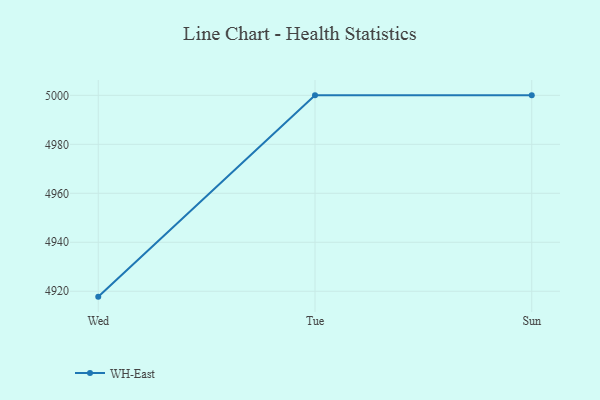
{"axis": {"x": "Day", "y": "Demand Index"}, "legend": ["WH-East"], "data": [{"x": "Wed", "y": 4917.8, "type": "WH-East"}, {"x": "Tue", "y": 5000, "type": "WH-East"}, {"x": "Sun", "y": 5000, "type": "WH-East"}]}